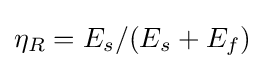
\eta _{R}=E_{s}/(E_{s}+E_{f})